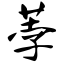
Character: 荸